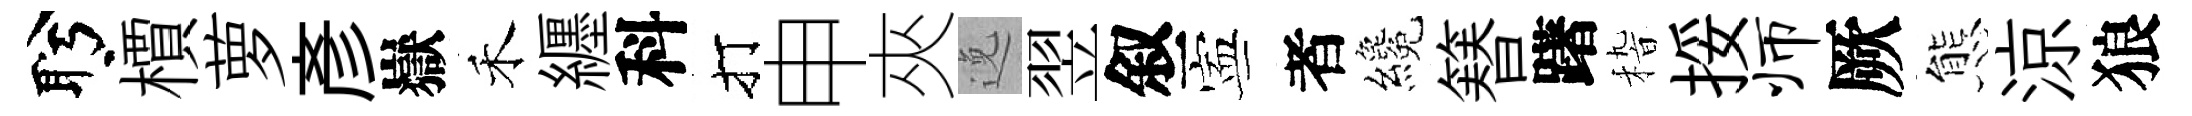
盻檟萝彥嶽禾纒科打申夾𨓜翌叙寕者纔簮躇𥟵挼师厥態涼狼